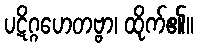
ပဋိဂ္ဂဟေတဗ္ဗာ၊ ထိုက်၏။